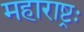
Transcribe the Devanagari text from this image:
महाराष्ट्रः